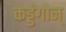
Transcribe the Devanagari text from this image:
कड्डंगोन्